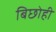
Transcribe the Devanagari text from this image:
बिछोही